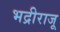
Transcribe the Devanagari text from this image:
भद्रीराजू